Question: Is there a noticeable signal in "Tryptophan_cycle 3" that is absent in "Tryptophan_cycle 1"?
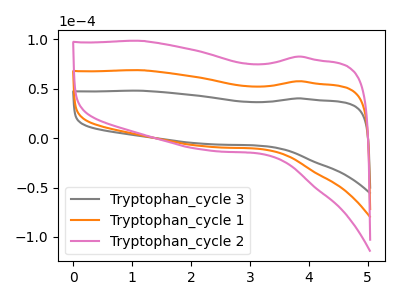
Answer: <think>The gray curve "Tryptophan_cycle 3" has no peaks. The orange curve "Tryptophan_cycle 1" has no peaks. The pink curve "Tryptophan_cycle 2" has no peaks.
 Neither "Tryptophan_cycle 3" or "Tryptophan_cycle 1" have any peaks.</think>
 <answer>No, "Tryptophan_cycle 3" and "Tryptophan_cycle 1" don't appear to be significantly different in shape</answer>
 <eval>no_change</eval>